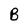
Character: B